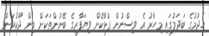
ހެދުމުގެ ބަދަލުގައި މިހާރު އެ ވިސްނުން ފުޅާކޮށް ވިޔަފާރީގެ ބޭނުންތަކަށް ބިން ދޫކުރަން